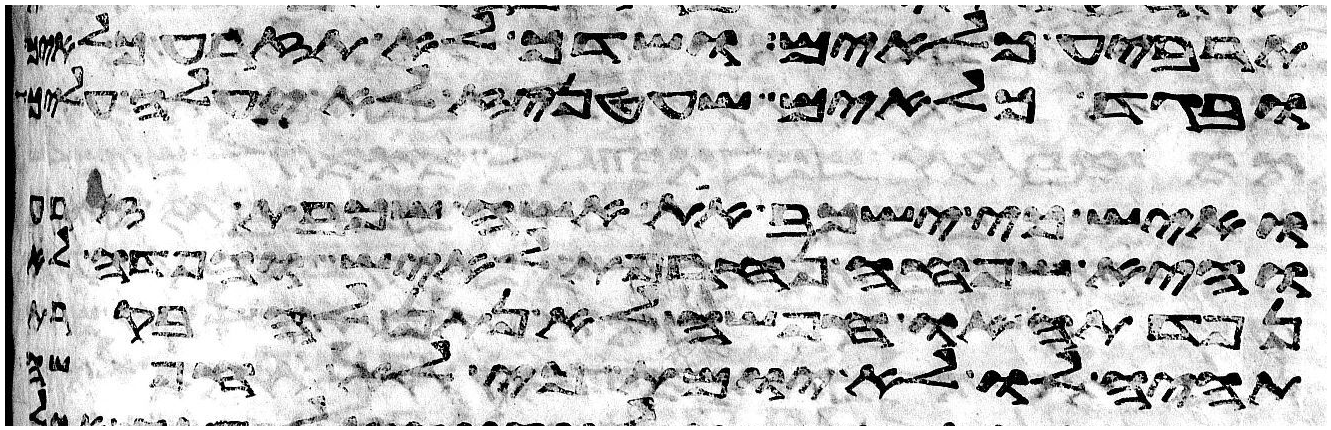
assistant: תרביע כלאים ושדך לא תזרע כלאים
ובגד כלאים שעטניז לא יעלה
ואיש כי ישכב את אשה שכבת זרע
והיא שפחה נחרפת לאיש והפדה לא
נפדתה או חפשי לא נתן לה
תהיה לו לא יומת כי לא חפשה